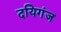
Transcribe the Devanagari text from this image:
दयिगंज